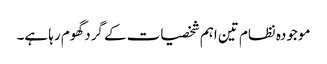
موجودہ نظام تین اہم شخصیات کے گرد گھوم رہا ہے۔